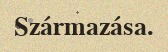
Származása.